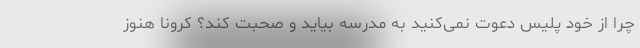
چرا از خود پلیس دعوت نمی‌کنید به مدرسه بیاید و صحبت کند؟ کرونا هنوز